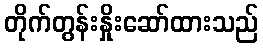
တိုက်တွန်းနှိုးဆော်ထားသည်